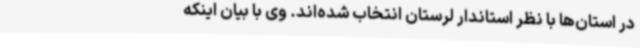
در استان‌ها با نظر استاندار لرستان انتخاب شده‌اند. وی با بیان اینکه